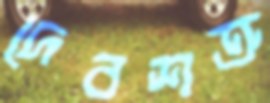
দেবশত্রু